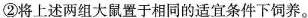
②将上述两组大鼠置于相同的适宜条件下饲养。